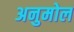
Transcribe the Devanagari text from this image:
अनुमोल